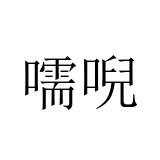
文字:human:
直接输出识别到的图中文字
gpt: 嚅唲